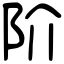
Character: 阶